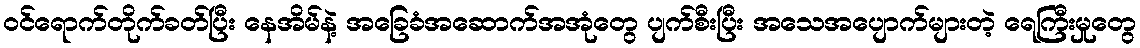
ဝင်ရောက်တိုက်ခတ်ပြီး နေအိမ်နဲ့ အခြေခံအဆောက်အအုံတွေ ပျက်စီးပြီး အသေအပျောက်များတဲ့ ရေကြီးမှုတွေ